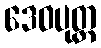
ဒေဝပုတ္တ